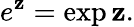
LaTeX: e^{\mathbf{z}}=\exp\mathbf{z}.